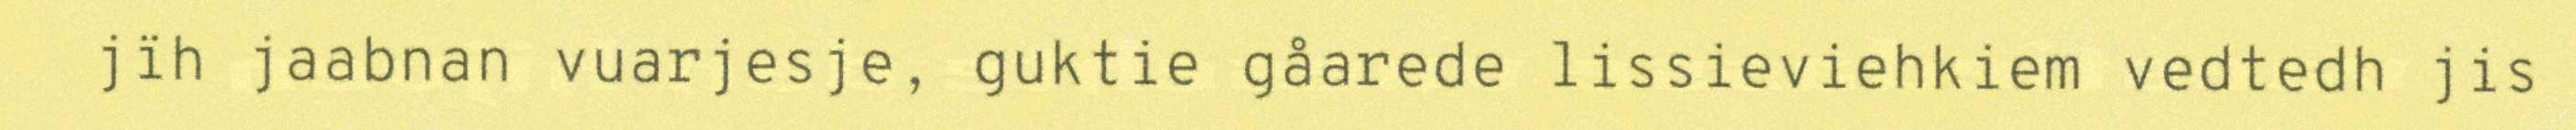
jïh jaabnan vuarjesje, guktie gåarede lissieviehkiem vedtedh jis